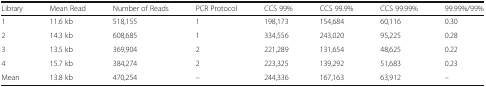
| Library | Mean Read | Number of Reads | PCR Protocol | CCS 99% | CCS 99.9% | CCS 99.99% | 99.99%/99% |
 | --- | --- | --- | --- | --- | --- | --- | --- |
 | 1 | 11.6 kb | 518,155 | 1 | 198,173 | 154,684 | 60,116 | 0.30 |
 | 2 | 14.3 kb | 608,685 | 1 | 334,556 | 243,020 | 95,225 | 0.28 |
 | 3 | 13.5 kb | 369,904 | 2 | 221,289 | 131,654 | 48,625 | 0.22 |
 | 4 | 15.7 kb | 384,274 | 2 | 223,325 | 139,292 | 51,683 | 0.23 |
 | Mean | 13.8 kb | 470,254 | – | 244,336 | 167,163 | 63,912 | – |